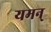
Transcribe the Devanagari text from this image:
यमन्